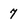
Character: 7